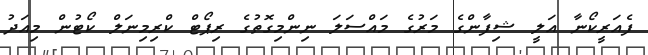
ފެއަރީކޯނާ އަލީ ޝިފާންގެ މަރުގެ މައްސަލަ ނިންމިގޮތުގެ ރިޕޯޓް ކްރިމިނަލް ކޯޓުން މިއަދު